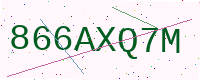
Text: 866AXQ7M